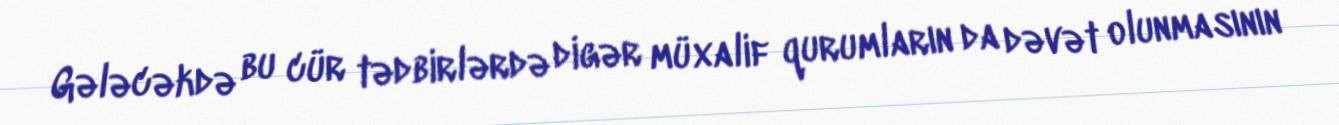
Gələcəkdə bu cür tədbirlərdə digər müxalif qurumların da dəvət olunmasının